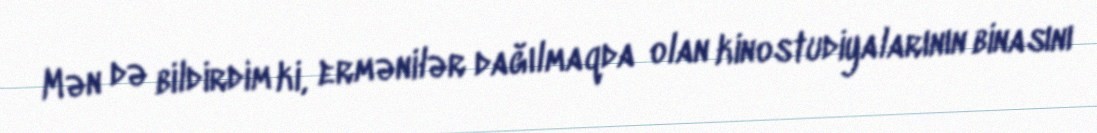
Mən də bildirdim ki, ermənilər dağılmaqda olan kinostudiyalarının binasını